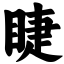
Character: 睫